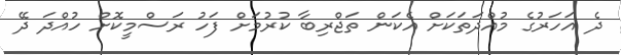
ދެ އަހަރުގެ މުއްދަތަކަށް އެކަން ތަޖްރިބާ ކުރުމަށް ފަހު ރަސްމީކޮށް ހުއްދަ ދޭ